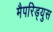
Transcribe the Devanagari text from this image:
मैपरिड्युस